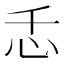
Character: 忎